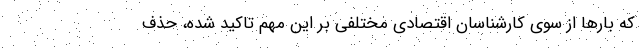
که بارها از سوی کارشناسان اقتصادی مختلفی بر این مهم تاکید شده، حذف